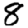
Digit: 8